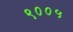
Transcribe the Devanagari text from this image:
९००५